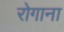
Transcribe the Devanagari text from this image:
रोगाना